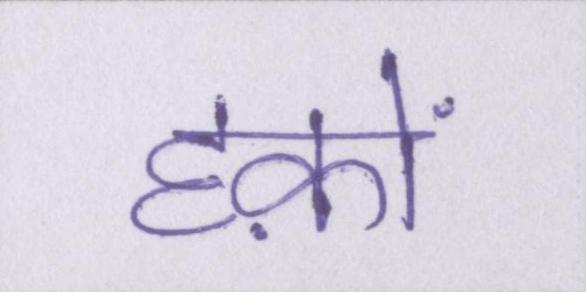
हक़ों